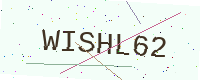
Text: WISHL62